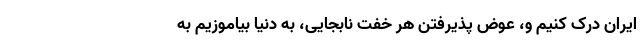
ایران درک کنیم و، عوض پذیرفتن هر خفّت نابجایی، به دنیا بیاموزیم به